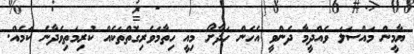
ޔާމީން މައްސަލަ ވެއްދީމާ ދެންވީ އެހެން ހަދާށޯ މިއީ ހިތާމަވެރިގޮތްތަކެއް ކުރިމަތިވެދާނެ ކަމެއް.